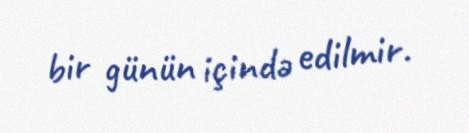
bir günün içində edilmir.